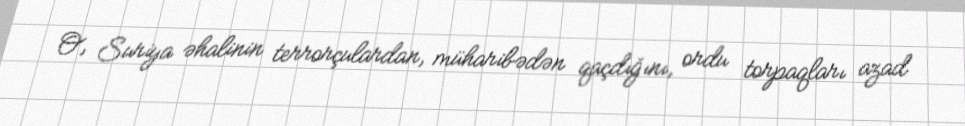
O, Suriya əhalinin terrorçulardan, müharibədən qaçdığını, ordu torpaqları azad